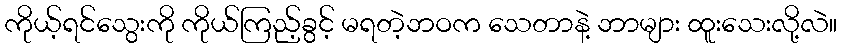
ကိုယ့်ရင်သွေးကို ကိုယ်ကြည့်ခွင့် မရတဲ့ဘဝက သေတာနဲ့ ဘာများ ထူးသေးလို့လဲ။